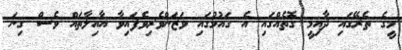
މީގެ ތެރޭގައި ދާއިމީ ގޮތެއްގައި އެ ގައުމުގައި ވަޒަންވެރިވެފައިވާ އާއިލާތައް ވެސް ގިނަ